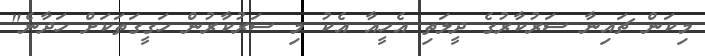
މިކަން ޗައިނާ ސަރުކާރުގެ ދީލަތި އެހީއާ އެކު މި ސަރުކާރުން ހަގީގަތަކަށް ހަދާނެ"